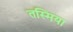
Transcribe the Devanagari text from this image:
तस्मिया